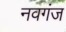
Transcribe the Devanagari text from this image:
नवगंज